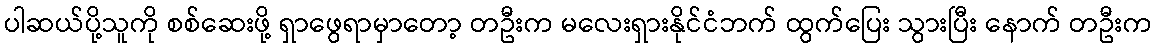
ပါဆယ်ပို့သူကို စစ်ဆေးဖို့ ရှာဖွေရာမှာတော့ တဦးက မလေးရှားနိုင်ငံဘက် ထွက်ပြေး သွားပြီး နောက် တဦးက